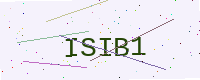
Text: ISIB1